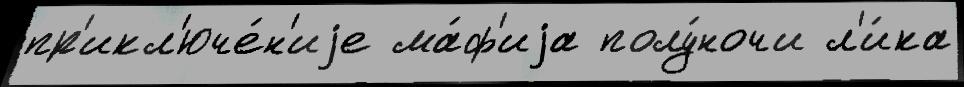
пр'икл'юче́н'иjе ма́ф'иjа полу́ночи л'и́ка